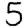
Digit: 5